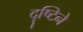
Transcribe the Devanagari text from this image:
दॄष्टिने